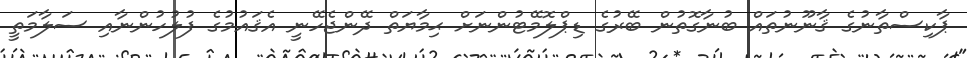
ޕާކިސްތާނުގެ ޤާނޫނުތައް ބުނާގޮތުން ބޭރުގެ ޑިޕްލޮމޭޓުންނަށް ޙިމާޔަތް ދޭންޖެހޭނީ އެޤައުމުގެ ފުލުހުންނާއި ސަލާމަތީ